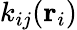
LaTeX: k_{ij}(\mathbf{r}_{i})